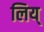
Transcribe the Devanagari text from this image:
लिय्